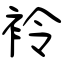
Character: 袊